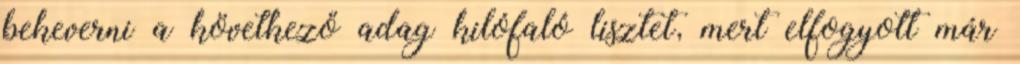
bekeverni a következő adag kilófaló lisztet, mert elfogyott már